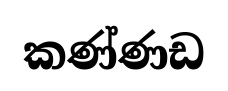
කණ්ණඩ